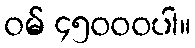
ဝမ် ၄၅၀၀၀ပါ။